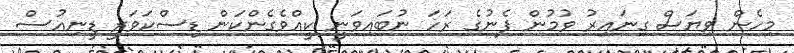
މިހެން ވިޔަސް ގިނައިރު ވުމުން ފެނުގެ ރަހަ ނުބައިވަނީ ކީއްވެގެންކަން ޑިސްކަވަރީ ޑީނިއުސް